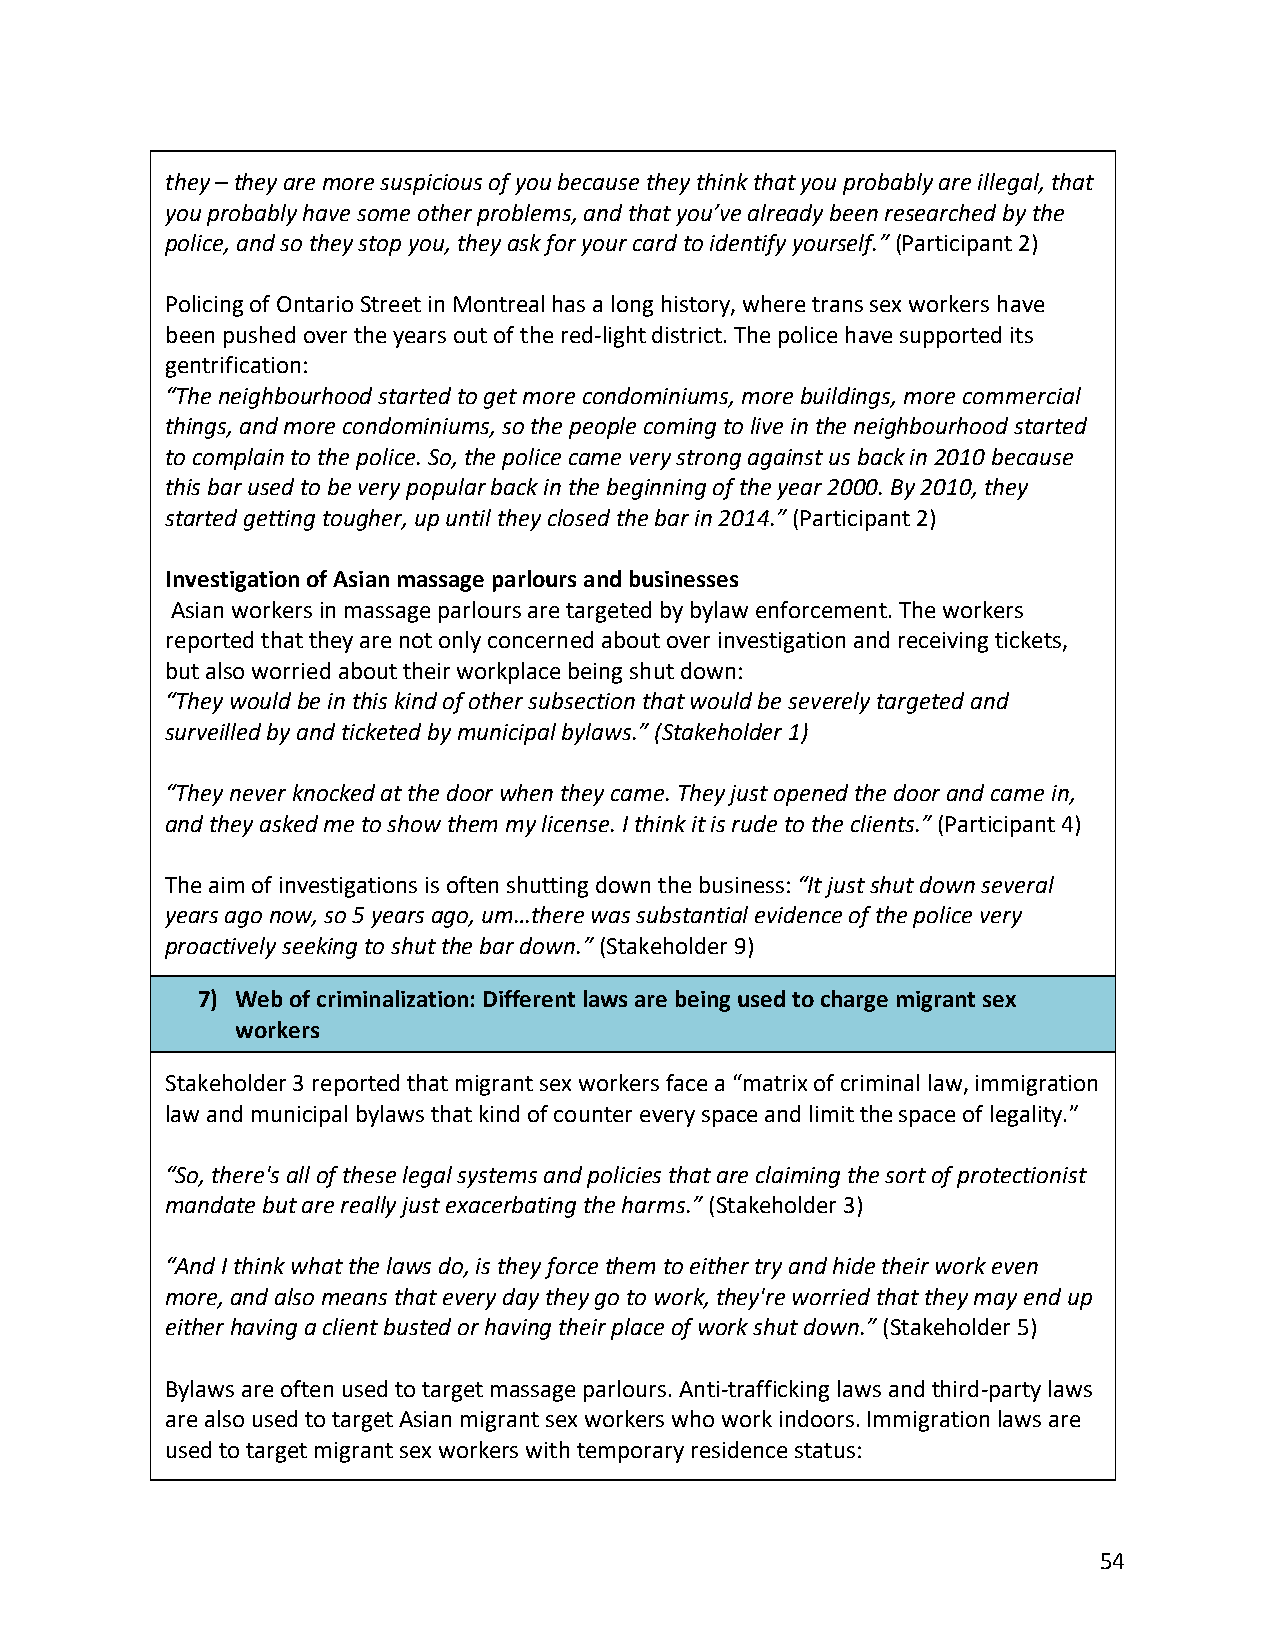
they – they are more suspicious of you because they think that you probably are illegal, that
 you probably have some other problems, and that you’ve already been researched by the
 police, and so they stop you, they ask for your card to identify yourself.” (Participant 2)
 Policing of Ontario Street in Montreal has a long history, where trans sex workers have
 been pushed over the years out of the red-light district. The police have supported its
 gentrification:
 “The neighbourhood started to get more condominiums, more buildings, more commercial
 things, and more condominiums, so the people coming to live in the neighbourhood started
 to complain to the police. So, the police came very strong against us back in 2010 because
 this bar used to be very popular back in the beginning of the year 2000. By 2010, they
 started getting tougher, up until they closed the bar in 2014.” (Participant 2)
 Investigation of Asian massage parlours and businesses
 Asian workers in massage parlours are targeted by bylaw enforcement. The workers
 reported that they are not only concerned about over investigation and receiving tickets,
 but also worried about their workplace being shut down:
 “They would be in this kind of other subsection that would be severely targeted and
 surveilled by and ticketed by municipal bylaws.” (Stakeholder 1)
 “They never knocked at the door when they came. They just opened the door and came in,
 and they asked me to show them my license. I think it is rude to the clients.” (Participant 4)
 The aim of investigations is often shutting down the business: “It just shut down several
 years ago now, so 5 years ago, um…there was substantial evidence of the police very
 proactively seeking to shut the bar down.” (Stakeholder 9)
 7) Web of criminalization: Different laws are being used to charge migrant sex
 workers
 Stakeholder 3 reported that migrant sex workers face a “matrix of criminal law, immigration
 law and municipal bylaws that kind of counter every space and limit the space of legality.”
 “So, there's all of these legal systems and policies that are claiming the sort of protectionist
 mandate but are really just exacerbating the harms.” (Stakeholder 3)
 “And I think what the laws do, is they force them to either try and hide their work even
 more, and also means that every day they go to work, they're worried that they may end up
 either having a client busted or having their place of work shut down.” (Stakeholder 5)
 Bylaws are often used to target massage parlours. Anti-trafficking laws and third-party laws
 are also used to target Asian migrant sex workers who work indoors. Immigration laws are
 used to target migrant sex workers with temporary residence status:
 54